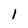
Character: l